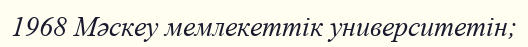
1968 Мәскеу мемлекеттік университетін;